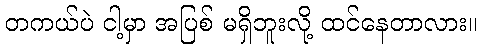
တကယ်ပဲ ငါ့မှာ အပြစ် မရှိဘူးလို့ ထင်နေတာလား။